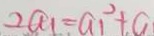
2 a _ { 1 } = a _ { 1 } ^ { 2 } + a